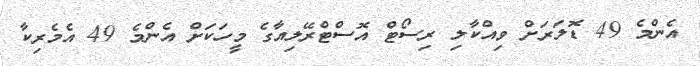
އެންމެ 49 ޑޮލަރަށް ވިއްކާލި ރިސޯޓް އޮސްޓްރޭލިއާގެ މީހަކަށް އެންމެ 49 އެމެރިކާ